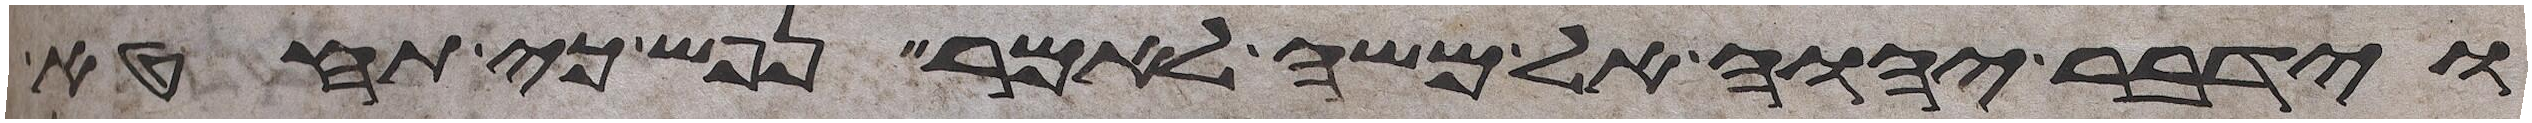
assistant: וידבר יהוה אל משה לאמר נפש כי תחטא